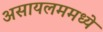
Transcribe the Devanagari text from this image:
असायलममध्ये